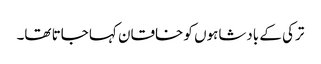
ترکی کے بادشاہوں کو خاقان کہا جاتا تھا۔